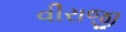
વીરાજી